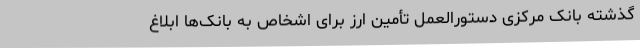
گذشته بانک مرکزی دستورالعمل تأمین ارز برای اشخاص به بانک‌ها ابلاغ